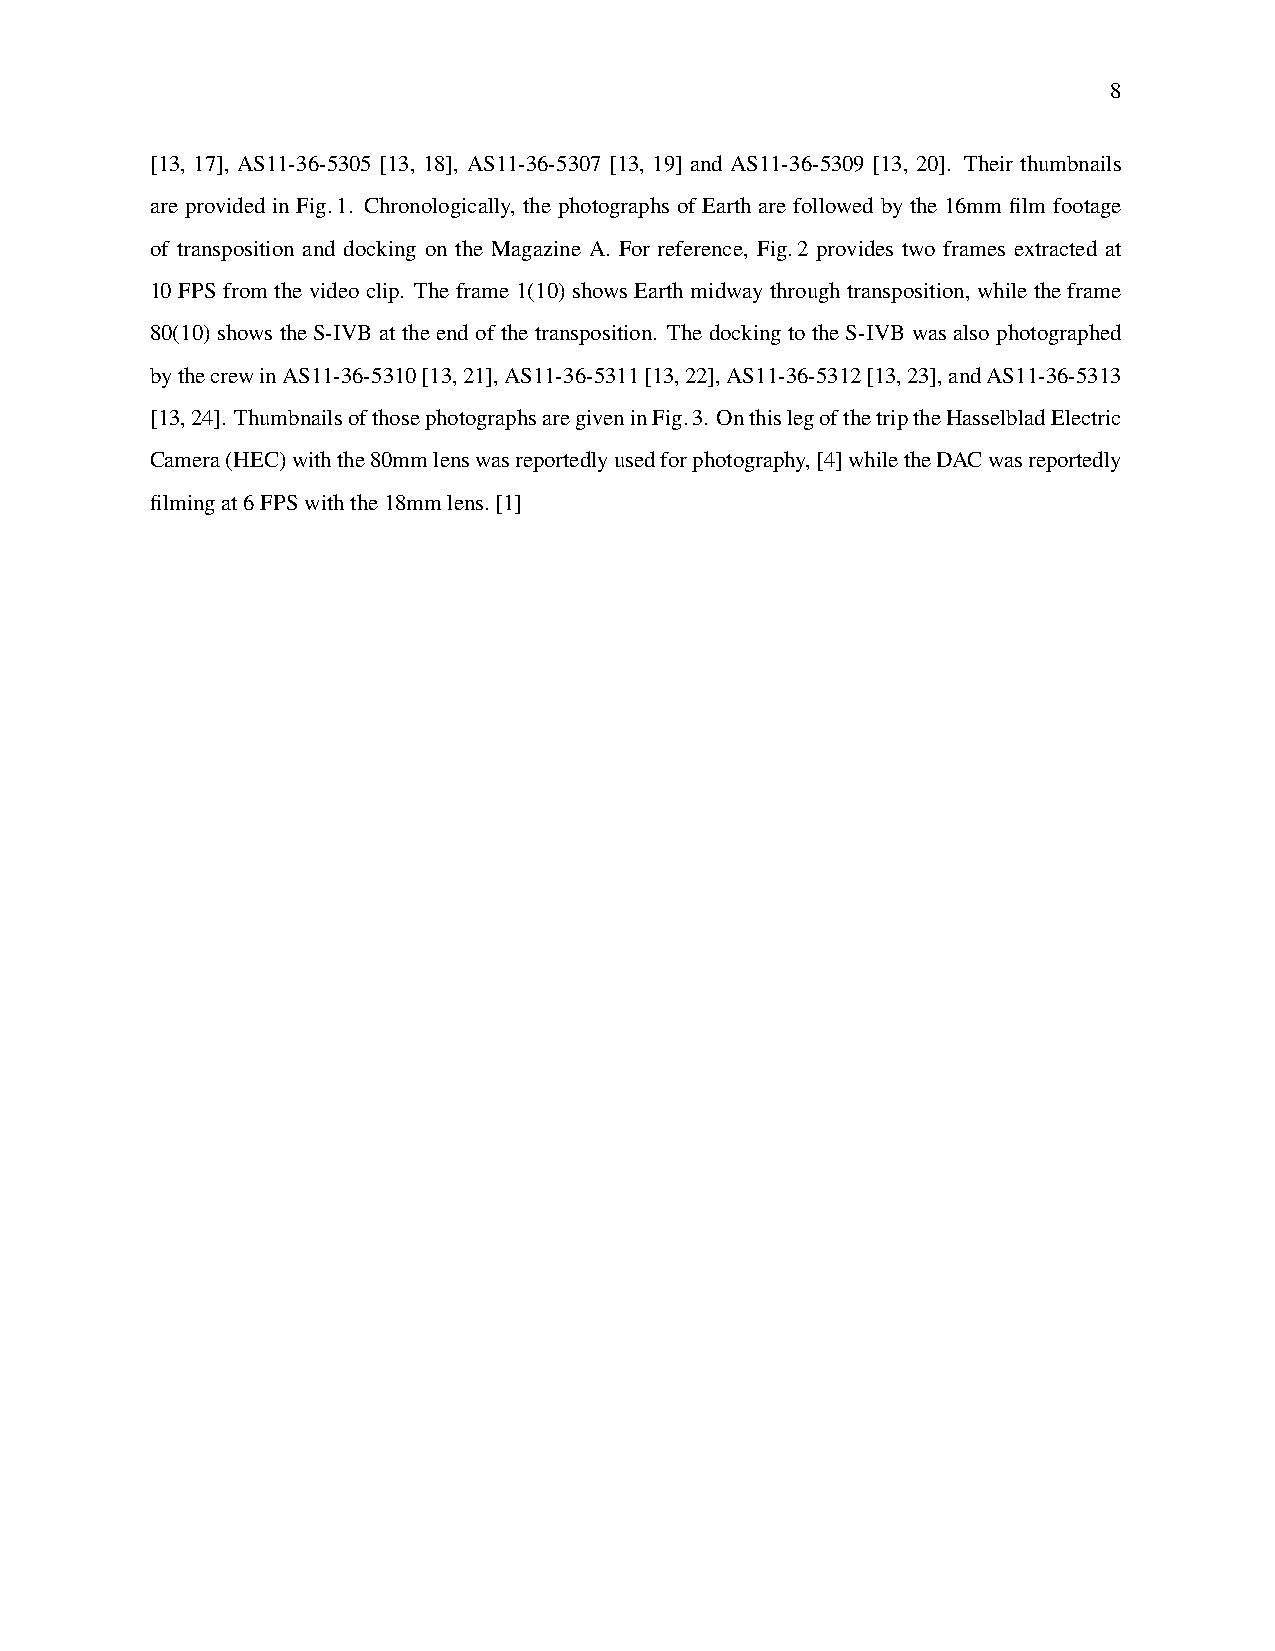
8
 [13, 17], AS11-36-5305 [13, 18], AS11-36-5307 [13, 19] and AS11-36-5309 [13, 20]. Their thumbnails
 are provided in Fig.1. Chronologically, the photographs of Earth are followed by the 16mm film footage
 of transposition and docking on the Magazine A. For reference, Fig.2 provides two frames extracted at
 10 FPS from the video clip. The frame 1(10) shows Earth midway through transposition, while the frame
 80(10) shows the S-IVB at the end of the transposition. The docking to the S-IVB was also photographed
 bythecrewinAS11-36-5310[13,21],AS11-36-5311[13,22],AS11-36-5312[13,23],andAS11-36-5313
 [13,24]. ThumbnailsofthosephotographsaregiveninFig.3. OnthislegofthetriptheHasselbladElectric
 Camera(HEC)withthe80mmlenswasreportedlyusedforphotography,[4]whiletheDACwasreportedly
 filmingat6FPSwiththe18mmlens.[1]